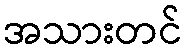
အသားတင်